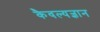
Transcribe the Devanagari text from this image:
कैवल्यज्ञान